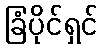
ခြံပိုင်ရှင်